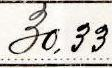
30,33